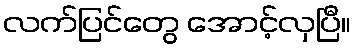
လက်ပြင်တွေ အောင့်လှပြီ။